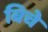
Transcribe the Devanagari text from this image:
बिचे